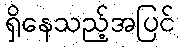
ရှိနေသည့်အပြင်